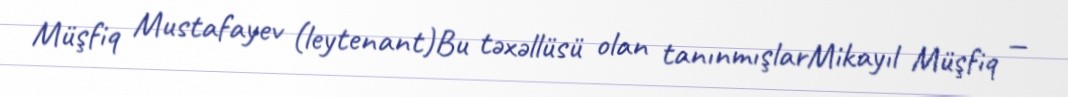
Müşfiq Mustafayev (leytenant)Bu təxəllüsü olan tanınmışlarMikayıl Müşfiq —